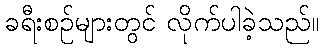
ခရီးစဉ်များတွင် လိုက်ပါခဲ့သည်။